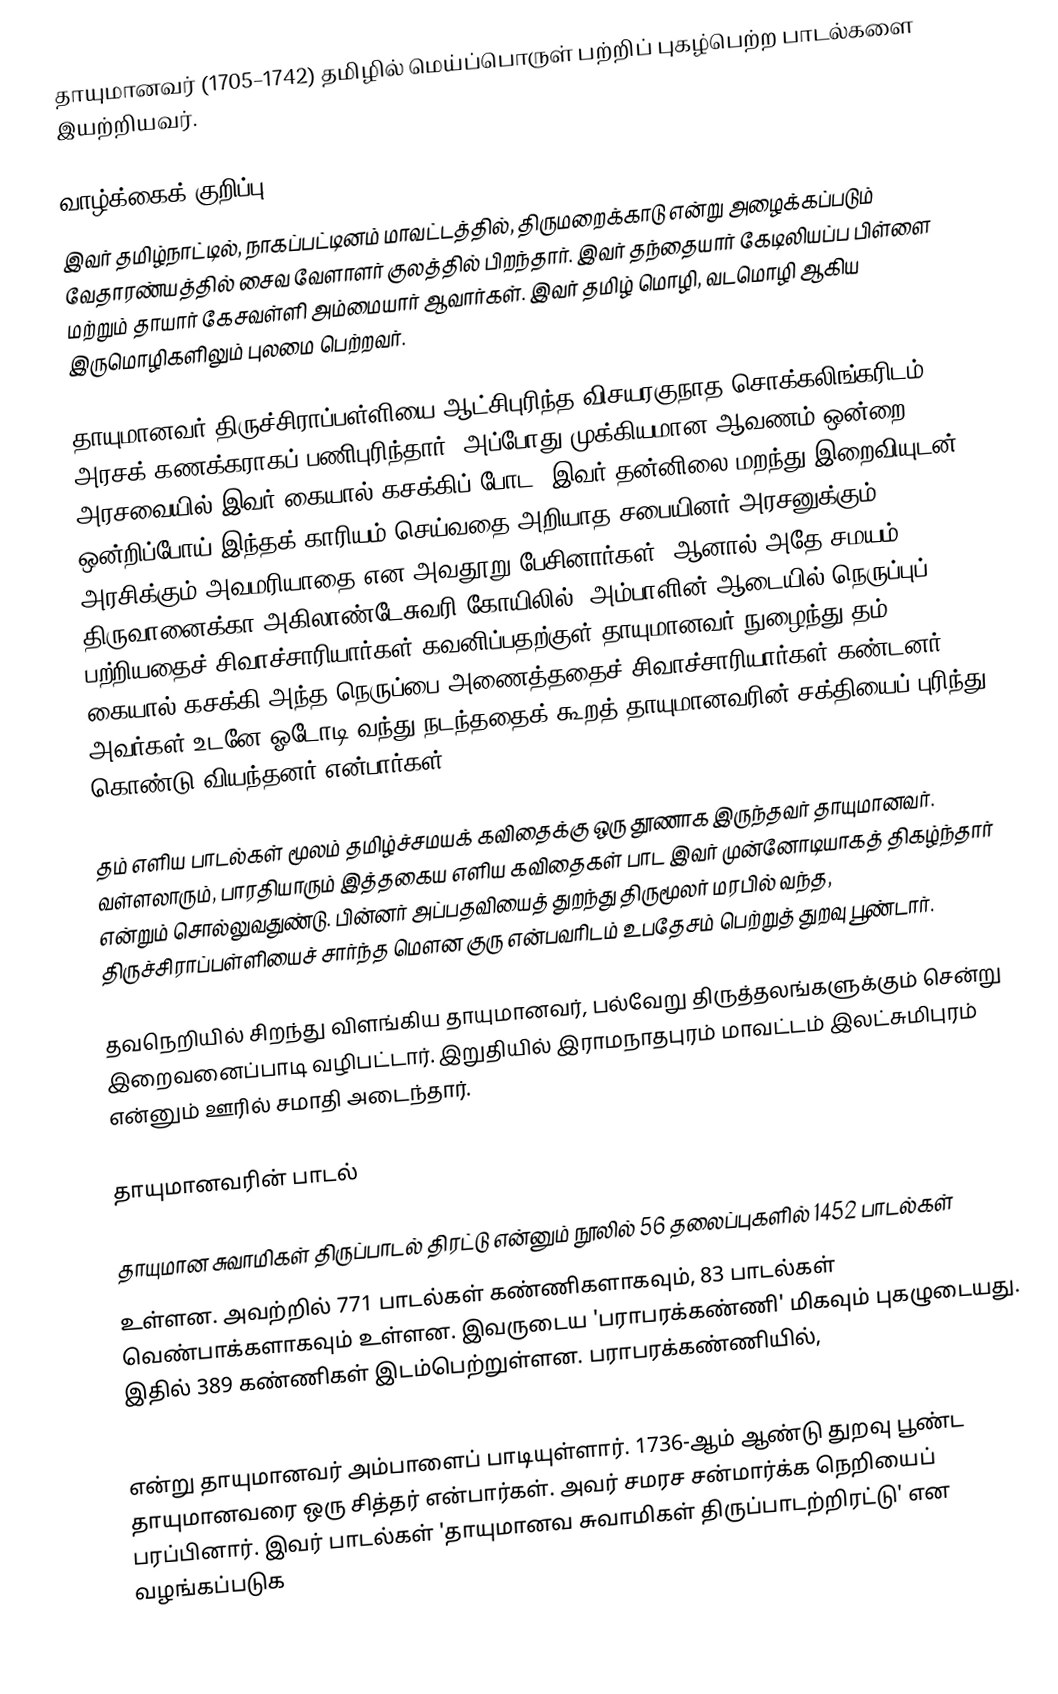
தாயுமானவர் (1705–1742)  தமிழில் மெய்ப்பொருள் பற்றிப் புகழ்பெற்ற பாடல்களை இயற்றியவர்.

வாழ்க்கைக் குறிப்பு
இவர் தமிழ்நாட்டில், நாகப்பட்டினம் மாவட்டத்தில், திருமறைக்காடு என்று அழைக்கப்படும் வேதாரண்யத்தில் சைவ வேளாளர் குலத்தில் பிறந்தார். இவர் தந்தையார் கேடிலியப்ப பிள்ளை மற்றும் தாயார் கேசவள்ளி அம்மையார் ஆவார்கள். இவர் தமிழ் மொழி, வடமொழி ஆகிய இருமொழிகளிலும் புலமை பெற்றவர்.

தாயுமானவர் திருச்சிராப்பள்ளியை ஆட்சிபுரிந்த விசயரகுநாத சொக்கலிங்கரிடம் அரசக் கணக்கராகப் பணிபுரிந்தார், அப்போது முக்கியமான ஆவணம் ஒன்றை அரசவையில் இவர் கையால் கசக்கிப் போட, இவர் தன்னிலை மறந்து இறைவியுடன் ஒன்றிப்போய் இந்தக் காரியம் செய்வதை அறியாத சபையினர் அரசனுக்கும், அரசிக்கும் அவமரியாதை என அவதூறு பேசினார்கள். ஆனால் அதே சமயம் திருவானைக்கா அகிலாண்டேசுவரி கோயிலில், அம்பாளின் ஆடையில் நெருப்புப் பற்றியதைச் சிவாச்சாரியார்கள் கவனிப்பதற்குள் தாயுமானவர் நுழைந்து தம் கையால் கசக்கி அந்த நெருப்பை அணைத்ததைச் சிவாச்சாரியார்கள் கண்டனர். அவர்கள் உடனே ஓடோடி வந்து நடந்ததைக் கூறத் தாயுமானவரின் சக்தியைப் புரிந்து கொண்டு வியந்தனர் என்பார்கள்.

தம் எளிய பாடல்கள் மூலம் தமிழ்ச்சமயக் கவிதைக்கு ஒரு தூணாக இருந்தவர் தாயுமானவர். வள்ளலாரும், பாரதியாரும் இத்தகைய எளிய கவிதைகள் பாட இவர் முன்னோடியாகத் திகழ்ந்தார் என்றும் சொல்லுவதுண்டு. பின்னர் அப்பதவியைத் துறந்து திருமூலர் மரபில் வந்த, திருச்சிராப்பள்ளியைச் சார்ந்த மௌன குரு என்பவரிடம் உபதேசம் பெற்றுத் துறவு பூண்டார்.

தவநெறியில் சிறந்து விளங்கிய தாயுமானவர், பல்வேறு திருத்தலங்களுக்கும் சென்று இறைவனைப்பாடி வழிபட்டார். இறுதியில் இராமநாதபுரம் மாவட்டம்  இலட்சுமிபுரம் என்னும் ஊரில் சமாதி அடைந்தார்.

தாயுமானவரின் பாடல்

தாயுமான சுவாமிகள் திருப்பாடல் திரட்டு என்னும் நூலில்  56 தலைப்புகளில் 1452 பாடல்கள்
உள்ளன. அவற்றில் 771 பாடல்கள் கண்ணிகளாகவும், 83 பாடல்கள் வெண்பாக்களாகவும் உள்ளன. இவருடைய 'பராபரக்கண்ணி' மிகவும் புகழுடையது. இதில் 389 கண்ணிகள் இடம்பெற்றுள்ளன. பராபரக்கண்ணியில்,

என்று தாயுமானவர் அம்பாளைப் பாடியுள்ளார்.  1736-ஆம் ஆண்டு துறவு பூண்ட தாயுமானவரை ஒரு சித்தர் என்பார்கள். அவர் சமரச சன்மார்க்க நெறியைப் பரப்பினார். இவர் பாடல்கள் 'தாயுமானவ சுவாமிகள் திருப்பாடற்றிரட்டு' என வழங்கப்படுக